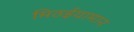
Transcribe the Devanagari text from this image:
मिठईयामान